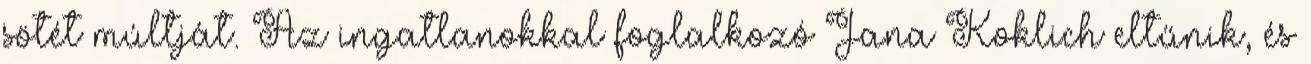
sötét múltját. Az ingatlanokkal foglalkozó Jana Koklich eltűnik, és